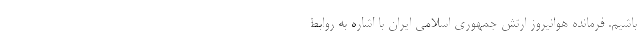
باشیم. فرمانده هوانیروز ارتش جمهوری اسلامی ایران با اشاره به روابط